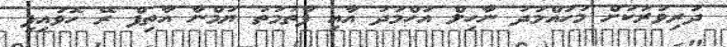
ދަރިވަރަކަށް މުހައްމަދު ނާހިލް އަހްމަދު އާއި ފާތުމަތު ޔުމްނާ އާތިފް ރޭ ހޮވައިފި